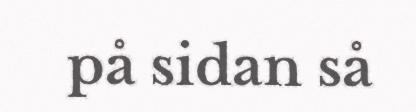
på sidan så